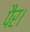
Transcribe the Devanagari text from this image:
पैर।